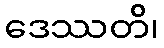
ဒေဿတိ၊